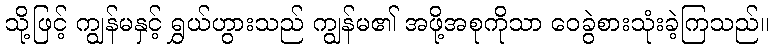
သို့ဖြင့် ကျွန်မနှင့် ရွှယ်ဟွားသည် ကျွန်မ၏ အဖို့အစုကိုသာ ဝေခွဲစားသုံးခဲ့ကြသည်။